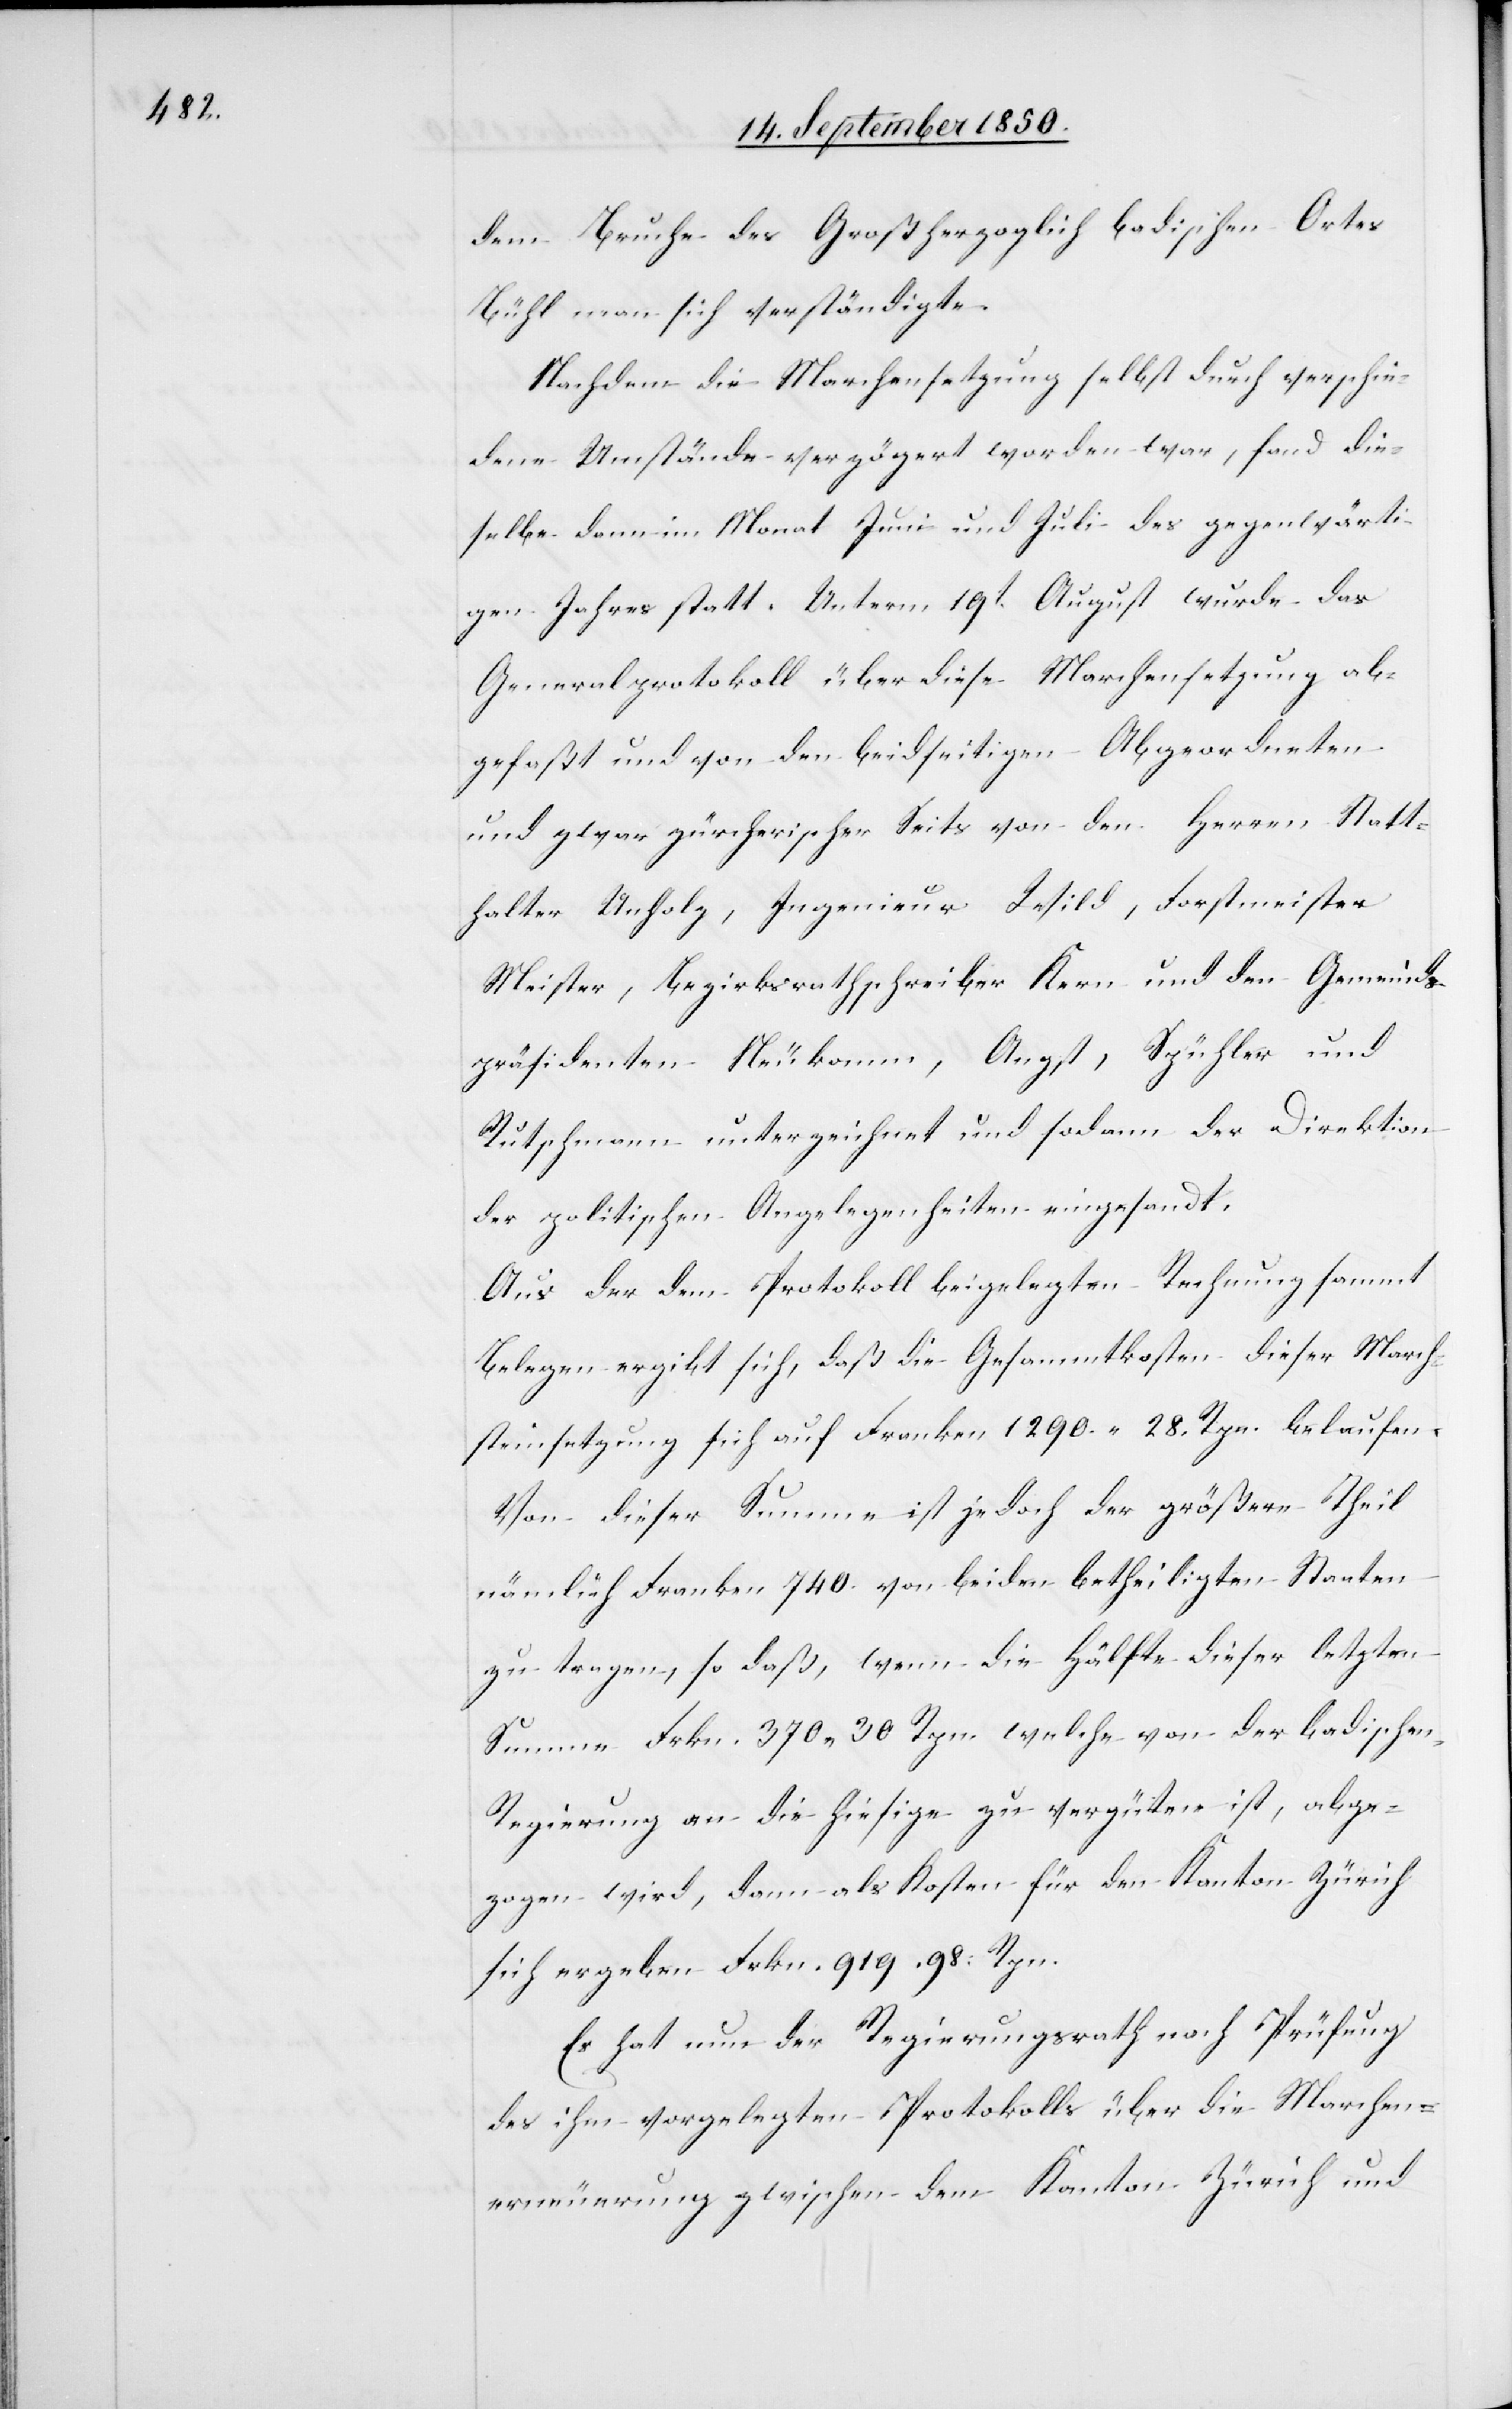
dem Bruche des Großherzoglich badischen Ortes
Bühl man sich verständigte.
Nachdem die Marchensetzung selbst durch verschie¬
dene Umstände verzögert worden war, fand die¬
selbe dann im Monat Juni und Juli des gegenwärti¬
gen Jahres statt. Unterm 19t August wurde das
Generalprotokoll über diese Marchensetzung ab¬
gefaßt und von den beidseitigen Abgeordneten
und zwar zürcherischer Seits von den Herren Statt¬
halter Unholz, Ingenieur Wild, Forstmeister
Meister, Bezirksrathschreiber Kern und den Gemeinds¬
präsidenten Neukomm, Augst, Spühler und
Rutschmann unterzeichnet und sodann der Direktion
der politischen Angelegenheiten eingesandt.
Aus der dem Protokoll beigelegten Rechnung sammt
Belegen ergibt sich, daß die Gesammtkosten dieser March¬
steinsetzung sich auf Franken 1290. 28. Rpn. belaufen.
Von dieser Summe ist jedoch der größere Theil
nämlich Franken 740. von beiden betheiligten Staaten
zu tragen, so daß, wenn die Hälfte dieser letzten
Summe Frkn. 370. 30 Rpn. welche von der badischen
Regierung an die hiesige zu vergüten ist, abge¬
zogen wird, dann als Kosten für den Kanton Zürich
sich ergeben Frkn. 919. 98. Rpn.
Es hat nun der Regierungsrath nach Prüfung
des ihm vorgelegten Protokolls über die Marchen¬
erneuerung zwischen dem Kanton Zürich und